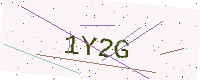
Text: 1Y2G